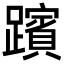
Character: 𮜞